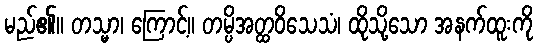
မည်၏။ တသ္မာ၊ ကြောင့်။ တမ္ပိအတ္ထဝိသေသံ၊ ထိုသို့သော အနက်ထူးကို